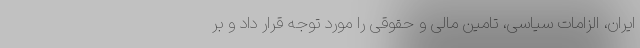
ایران، الزامات سیاسی، تامین مالی و حقوقی را مورد توجه قرار داد و بر